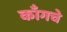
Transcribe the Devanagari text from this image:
काँगचे